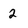
Character: 2